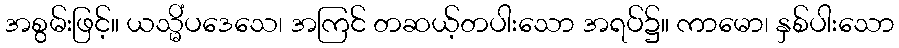
အစွမ်းဖြင့်။ ယသ္မိံပဒေသေ၊ အကြင် တဆယ့်တပါးသော အရပ်၌။ ကာမော၊ နှစ်ပါးသော